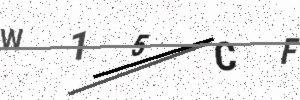
Text: W15CF